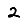
Digit: 2